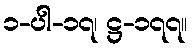
၁-ပါ-၁၇၊ ဋ္ဌ-၁၇၇။